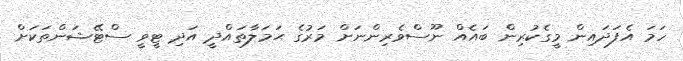
ހަމަ އެފަދައިން މީގެކުރިން ބައެއް ނޫސްވެރިންނަށް މަރުގެ ޙަމަލާތައްދީ އަދި ޓީވީ ސްޓޭޝަންތަކަށް